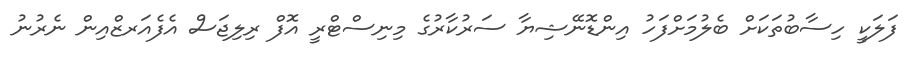
ފަލަކީ ހިސާބުތަކަށް ބެލުމަށްފަހު އިންޑޮނޭޝިޔާ ސަރުކާރުގެ މިނިސްޓްރީ އޮފް ރިލިޖަސް އެފެއަރޒްއިން ނެރުނު